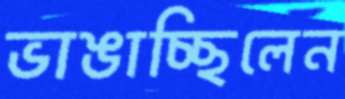
ভাঙাচ্ছিলেন